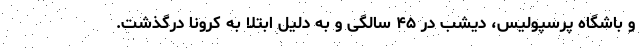
و باشگاه پرسپولیس، دیشب در ۴۵ سالگی و به دلیل ابتلا به کرونا درگذشت.